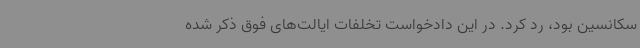
سکانسین بود، رد کرد. در این دادخواست تخلفات ایالت‌های فوق ذکر شده